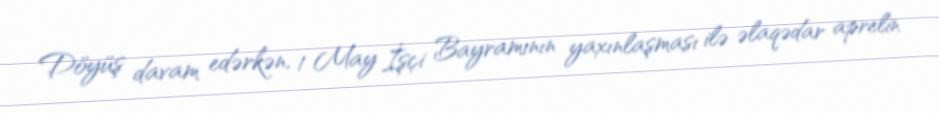
Döyüş davam edərkən, 1 May İşçi Bayramının yaxınlaşması ilə əlaqədar aprelin